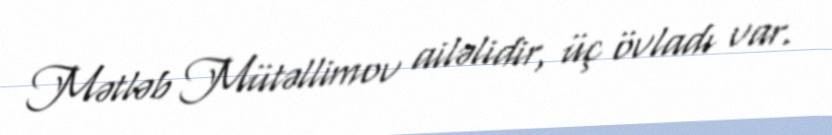
Mətləb Mütəllimov ailəlidir, üç övladı var.